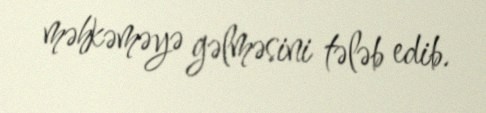
məhkəməyə gəlməsini tələb edib.